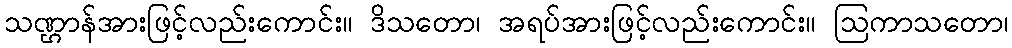
သဏ္ဌာန်အားဖြင့်လည်းကောင်း။ ဒိသတော၊ အရပ်အားဖြင့်လည်းကောင်း။ ဩကာသတော၊